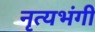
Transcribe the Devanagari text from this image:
नृत्यभंगी